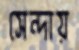
সেন্দায়